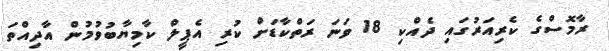
ރާމޮސްގެ ކެރިއަރުގައި ދެއްކި 18 ވަނަ ރަތްކާޑަށް ކުރި އެޕީލް ކާމިޔާބުވުމުން އާދިއްތަ